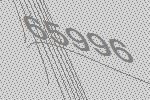
65996